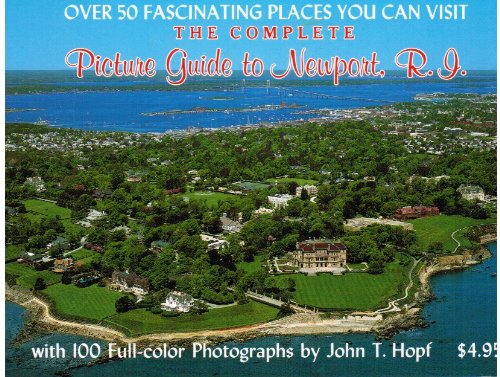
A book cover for The Complete Picture Guide to Newport R.I.; John T. Hopf; Travel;